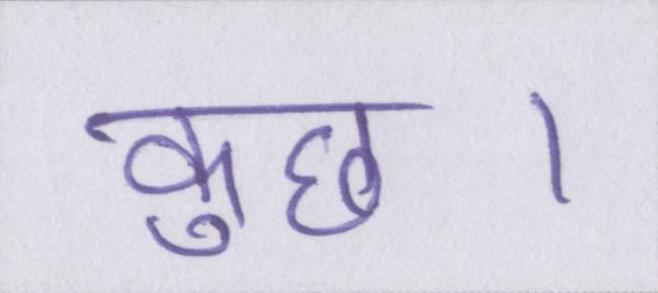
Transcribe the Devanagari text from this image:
कुछ।